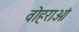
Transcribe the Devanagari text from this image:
वोहराओं